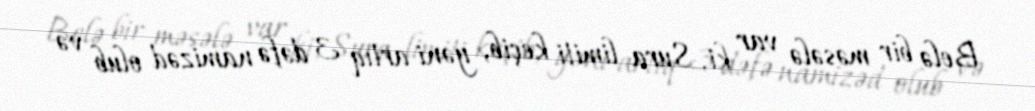
Belə bir məsələ var ki, Sura limiti keçib, yəni artıq 3 dəfə namizəd olub və